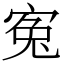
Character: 寃